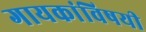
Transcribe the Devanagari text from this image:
गायकांविषयी